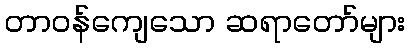
တာဝန်ကျေသော ဆရာတော်များ